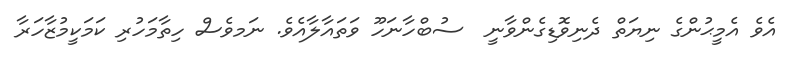
އެވެ އެމީޙުންގެ ނިޔަތް ދެނިވޮޑިގެންވާނީ  ސުބްހާނަހޫ ވަތައާލާއެވެ. ނަމވެސް ހިތާމަހުރި ކަމަކީމުޒާހަރާ